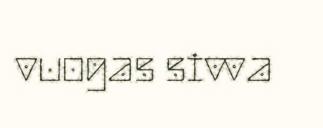
vuogas sivva